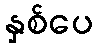
နှစ်ပေ